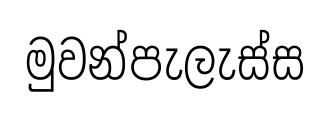
මුවන්පැලැස්ස